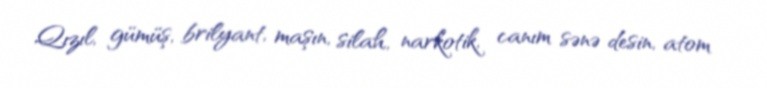
Qızıl, gümüş, brilyant, maşın, silah, narkotik, canım sənə desin, atom